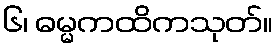
၆၊ ဓမ္မကထိကသုတ်။